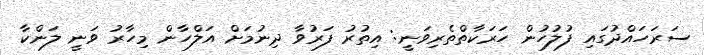
ސަރަހައްދުގައި ފުލުހުން ހަރަކާތްތެރިވަނީ: އިތުރު ފަރުވާ ދިނުމަށް އަލްހާން މިހާރު ވަނީ ލަންކާ